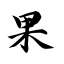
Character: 果